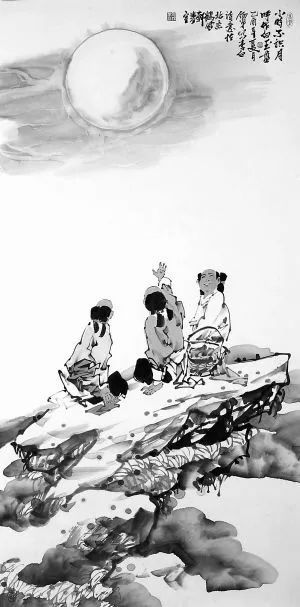
岁寒无与同，朗月何胧胧。